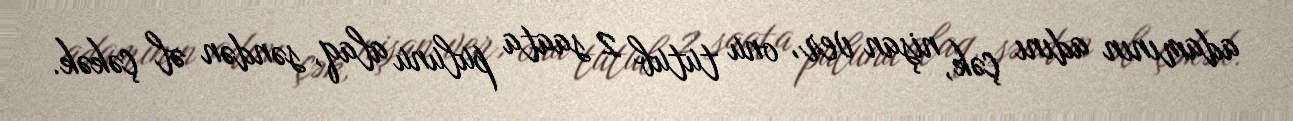
adamının adını çək, nişan ver, onu tutub 2 saata pulunu alaq, səndən əl çəkək.